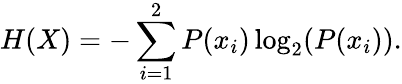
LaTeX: H(X)=-\sum_{i=1}^{2}P(x_{i})\log_{2}(P(x_{i})).